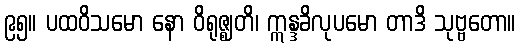
၉၅။ ပထဝိသမော နော ဝိရုဇ္ဈတိ၊ ဣန္ဒခိလုပမော တာဒိ သုဗ္ဗတော။